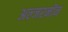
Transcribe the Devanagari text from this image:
अल्जरनॉन